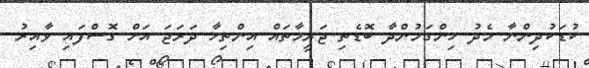
ކުޑަކުދިންނާ މެދު ހިންގަމުންދާ ބޮޑެތި ޖަރީމާތައް އިންތިހާ ދަރަޖަ އަށް ގޮސްފައި ވާއިރު